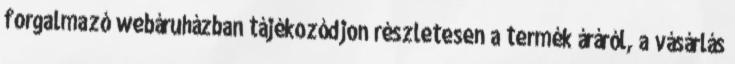
forgalmazó webáruházban tájékozódjon részletesen a termék áráról, a vásárlás